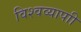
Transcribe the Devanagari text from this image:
विश्वव्यापाी